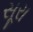
સૂરા